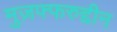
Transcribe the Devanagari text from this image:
मुज़फ्फरुद्दीन